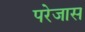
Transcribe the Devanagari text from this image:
परेजास